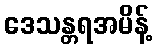
ဒေသန္တရအမိန့်